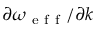
\partial \omega _ { \mathrm { ~ e ~ f ~ f ~ } } / \partial k